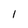
Character: 1